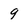
Character: 9